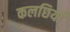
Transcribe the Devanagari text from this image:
कलछियाँ